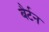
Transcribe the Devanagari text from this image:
बैर्टन